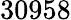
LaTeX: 30958